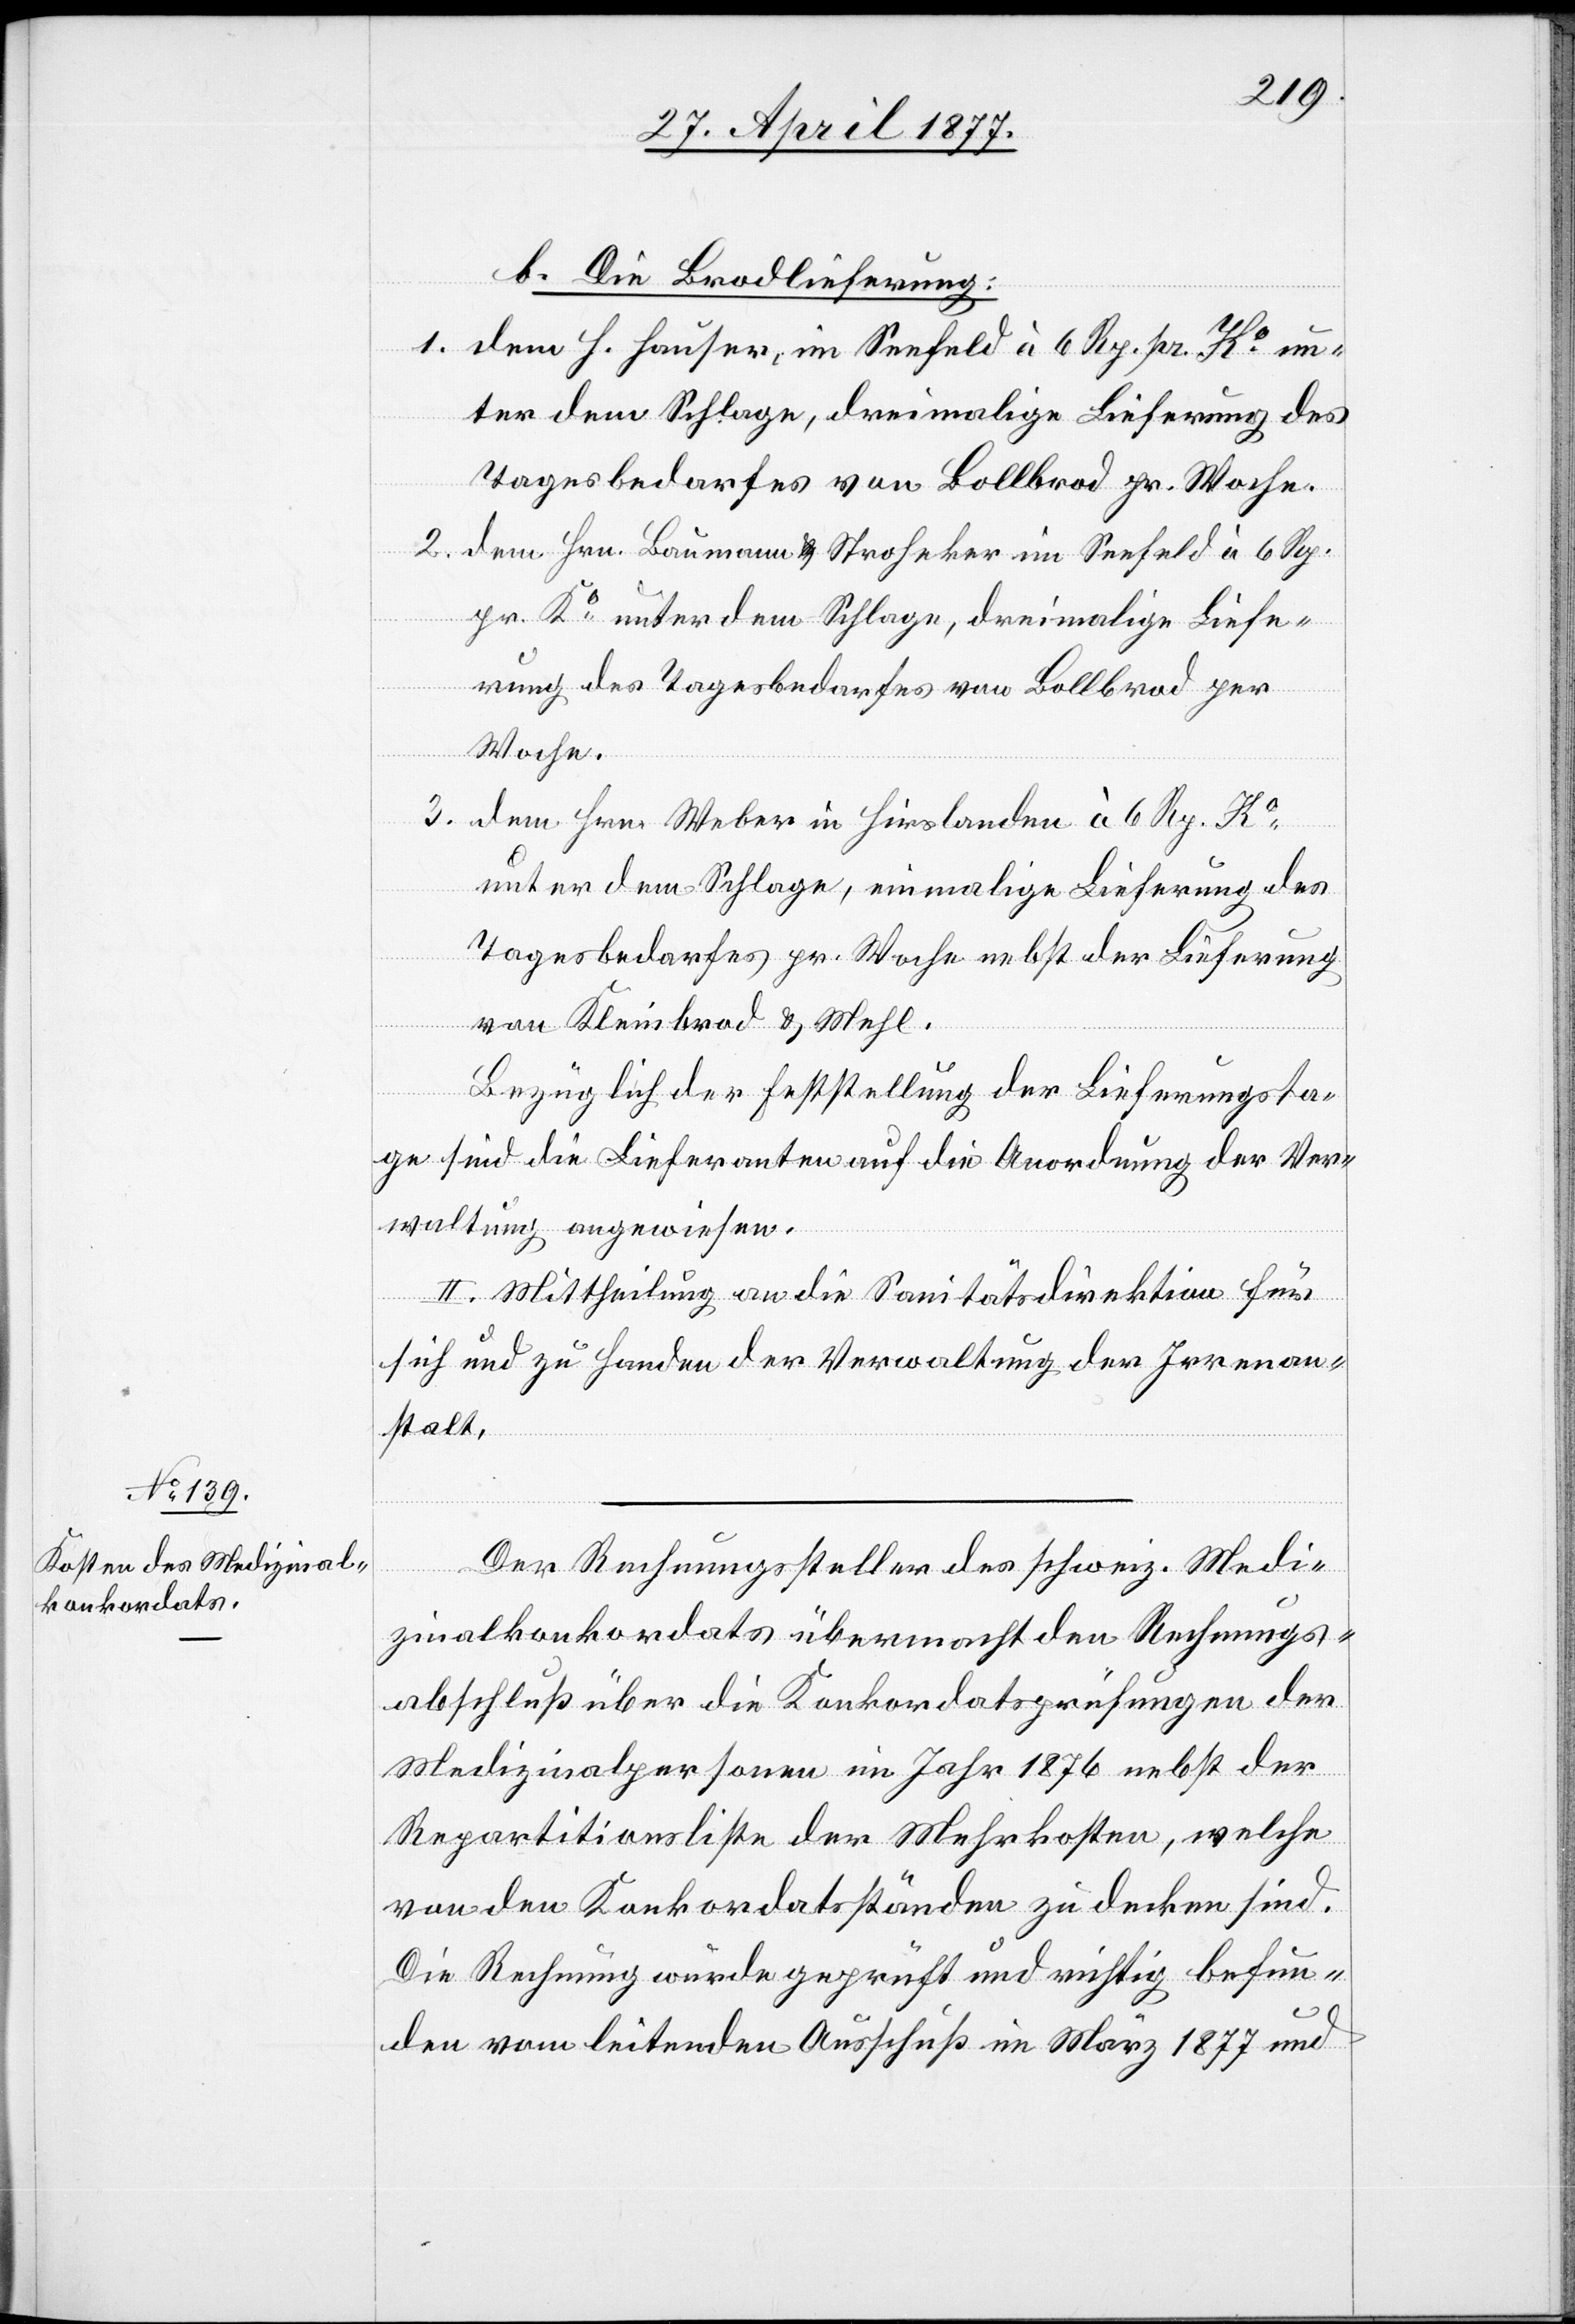
b. Die Brodlieferung:
1. dem H. Hauser, im Seefeld à 6 Rp. pr. Ko un¬
ter dem Schlage, dreimalige Lieferung des
Tagesbedarfes von Bollbrod pr. Woche.
2. dem Hrn. Baumann-Stroheker [sic!] im Seefeld à 6 Rp.
pr. Ko unter dem Schlage, dreimalige Liefe¬
rung des Tagesbedarfes von Bollbrod per
Woche.
3. dem Hrn. Weber in Hirslanden à 6 Rp. Ko
unter dem Schlage, einmalige Lieferung des
Tagesbedarfes pr. Woche nebst der Lieferung
von Kleinbrod & Mehl.
Bezüglich der Feststellung der Lieferungsta¬
ge sind die Lieferanten auf die Anordnung der Ver¬
waltung angewiesen.
II. Mittheilung an die Sanitätsdirektion für
sich und zu Handen der Verwaltung der Irrenan¬
stalt.
Der Rechnungssteller des schweiz. Medi¬
zinalkonkordats übermacht den Rechnungs¬
abschluß über die Konkordatsprüfungen der
Medizinalpersonen im Jahr 1876 nebst der
Repartitionsliste der Mehrkosten, welche
von den Konkordatsständen zu decken sind.
Die Rechnung wurde geprüft und richtig befun¬
den vom leitenden Ausschuß im März 1877 und